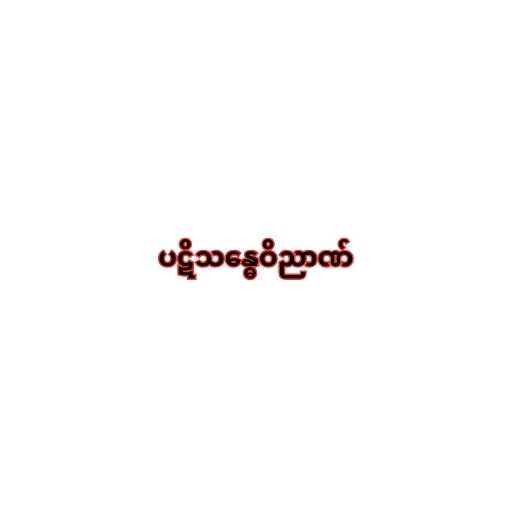
ပဋိသန္ဓေဝိညာဏ်